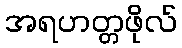
အရဟတ္တဖိုလ်